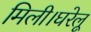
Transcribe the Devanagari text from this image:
मिली।घरेलू